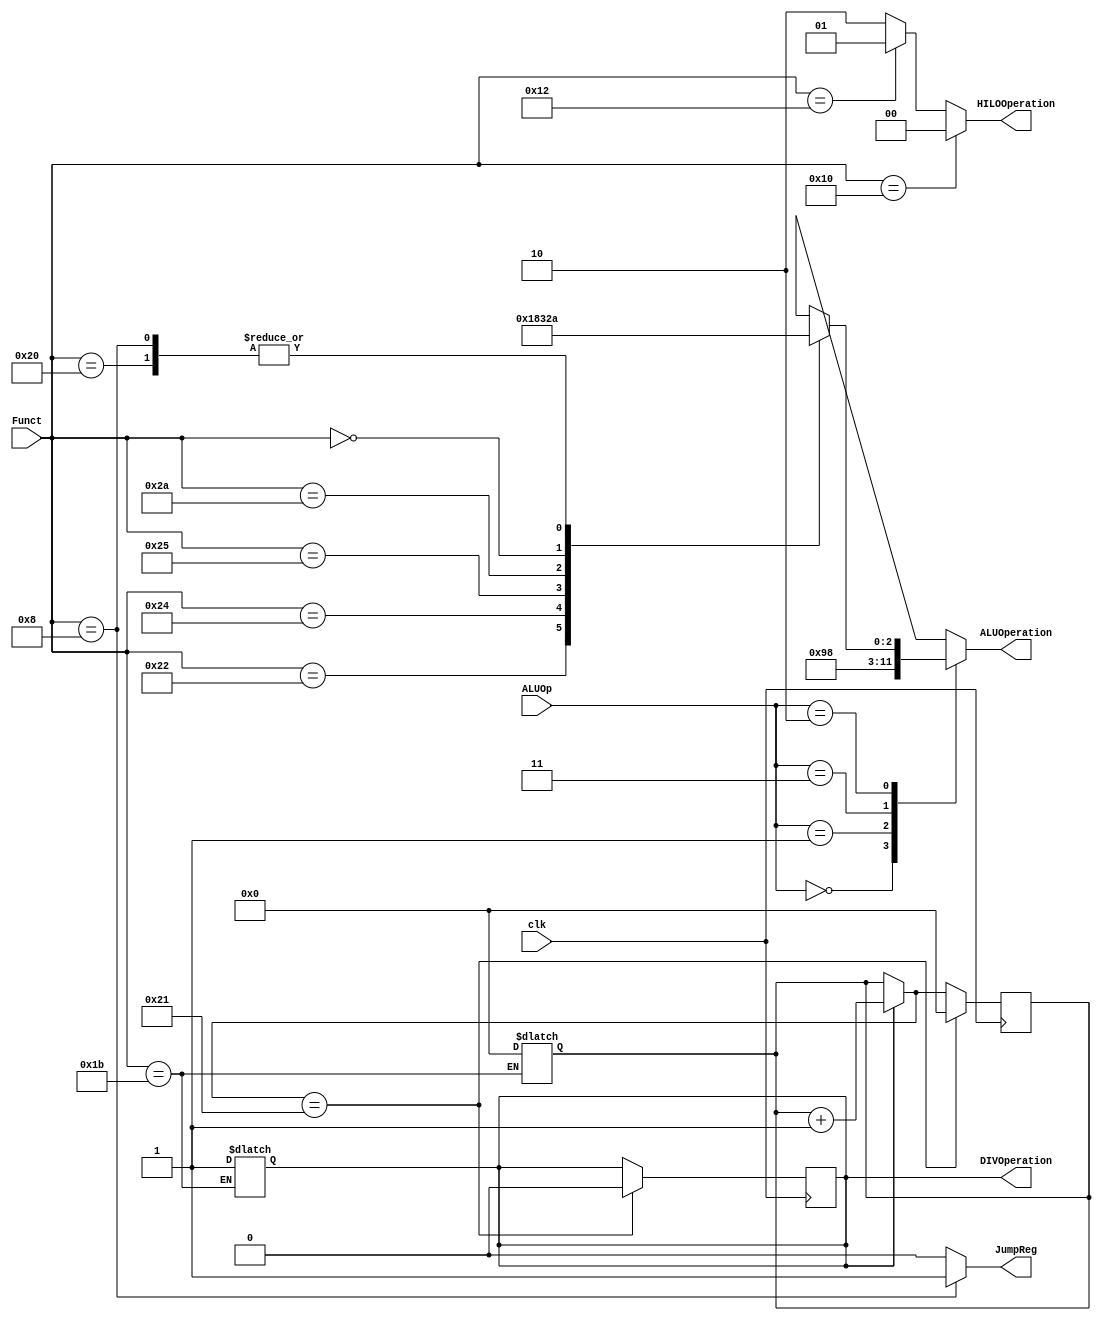
module alu_ctl(ALUOp, Funct, ALUOperation, JumpReg, DIVOperation, HILOOperation, clk);
    input [1:0] ALUOp;
    input [5:0] Funct;
	input clk;
    output [2:0] ALUOperation;
	output [1:0] HILOOperation;
	output DIVOperation;
	output JumpReg;
	reg		DIVOperation;
	reg	   [1:0]HILOOperation;
	reg		JumpReg;
    reg    [2:0] ALUOperation;
	reg	   [5:0] counter;

	parameter F_sll = 6'd0;
	parameter F_jr = 6'd8;
    parameter F_add = 6'd32;
    parameter F_sub = 6'd34;
    parameter F_and = 6'd36;
    parameter F_or  = 6'd37;
    parameter F_slt = 6'd42;
	parameter F_divu = 6'd27;
	parameter F_mfhi = 6'd16;
	parameter F_mflo = 6'd18;

    parameter ALU_and = 3'b000;
    parameter ALU_or  = 3'b001;
	parameter ALU_add = 3'b010;
    parameter ALU_sub = 3'b011;
    parameter ALU_slt = 3'b100;
	parameter ALU_sll = 3'b101;

    always @(ALUOp or Funct)
    begin
        case (ALUOp) 
            2'b00 : ALUOperation = ALU_add;
            2'b01 : ALUOperation = ALU_sub;
			2'b11 : ALUOperation = ALU_and; //  AND
            2'b10 : case (Funct) 
                        F_add : ALUOperation = ALU_add;
                        F_sub : ALUOperation = ALU_sub;
                        F_and : ALUOperation = ALU_and;
                        F_or  : ALUOperation = ALU_or;
                        F_slt : ALUOperation = ALU_slt;
						F_sll : ALUOperation = ALU_sll;
						F_jr : ALUOperation = ALU_add;
                        default ALUOperation = 3'bxxx;
                    endcase
            default ALUOperation = 3'bxxx;
        endcase
		
		if(Funct == F_divu) begin
			DIVOperation = 1'b1;
			counter = 6'd0;
		end
			
		if(Funct == F_mfhi)
			HILOOperation = 2'b00;
		else if(Funct == F_mflo)
			HILOOperation = 2'b01;
		else
			HILOOperation = 2'b10;
		
		
		if( Funct == F_jr ) 
			JumpReg = 1'b1;
		else
			JumpReg = 1'b0;
    end
	
	always @( posedge clk )
	begin
		if(DIVOperation)
			counter = counter + 1;
			
		if(counter == 6'd33) begin
			counter = 6'd0;
			DIVOperation = 1'b0;
		end
	end
endmodule